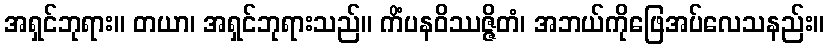
အရှင်ဘုရား။ တယာ၊ အရှင်ဘုရားသည်။ ကိံပနဝိဿဇ္ဇိတံ၊ အဘယ်ကိုဖြေအပ်လေသနည်း။